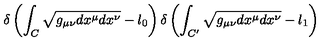
\delta \left( \int _ { C } \sqrt { g _ { \mu \nu } d x ^ { \mu } d x ^ { \nu } } - l _ { 0 } \right) \delta \left( \int _ { C ^ { \prime } } \sqrt { g _ { \mu \nu } d x ^ { \mu } d x ^ { \nu } } - l _ { 1 } \right)